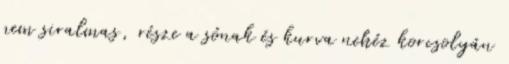
nem siralmas, része a sónak és kurva nehéz korcsolyán